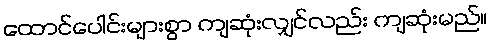
ထောင်ပေါင်းများစွာ ကျဆုံးလျှင်လည်း ကျဆုံးမည်။